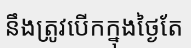
នឹងត្រូវបើកក្នុងថ្ងៃតែ